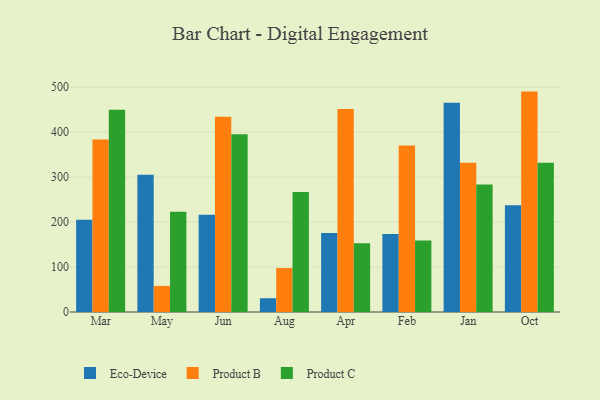
{"axis": {"x": "Month", "y": "Gross Profit (USD K)"}, "legend": ["Eco-Device", "Product B", "Product C"], "data": [{"x": "Mar", "y": 204.9, "type": "Eco-Device"}, {"x": "Mar", "y": 383.7, "type": "Product B"}, {"x": "Mar", "y": 449.9, "type": "Product C"}, {"x": "May", "y": 305.0, "type": "Eco-Device"}, {"x": "May", "y": 58.0, "type": "Product B"}, {"x": "May", "y": 223.0, "type": "Product C"}, {"x": "Jun", "y": 216.2, "type": "Eco-Device"}, {"x": "Jun", "y": 434.2, "type": "Product B"}, {"x": "Jun", "y": 395.2, "type": "Product C"}, {"x": "Aug", "y": 30.6, "type": "Eco-Device"}, {"x": "Aug", "y": 97.7, "type": "Product B"}, {"x": "Aug", "y": 267.0, "type": "Product C"}, {"x": "Apr", "y": 175.9, "type": "Eco-Device"}, {"x": "Apr", "y": 451.5, "type": "Product B"}, {"x": "Apr", "y": 152.8, "type": "Product C"}, {"x": "Feb", "y": 173.7, "type": "Eco-Device"}, {"x": "Feb", "y": 370.5, "type": "Product B"}, {"x": "Feb", "y": 159.3, "type": "Product C"}, {"x": "Jan", "y": 465.3, "type": "Eco-Device"}, {"x": "Jan", "y": 332.0, "type": "Product B"}, {"x": "Jan", "y": 283.6, "type": "Product C"}, {"x": "Oct", "y": 237.2, "type": "Eco-Device"}, {"x": "Oct", "y": 490.2, "type": "Product B"}, {"x": "Oct", "y": 331.7, "type": "Product C"}]}